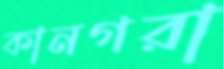
কানগরা